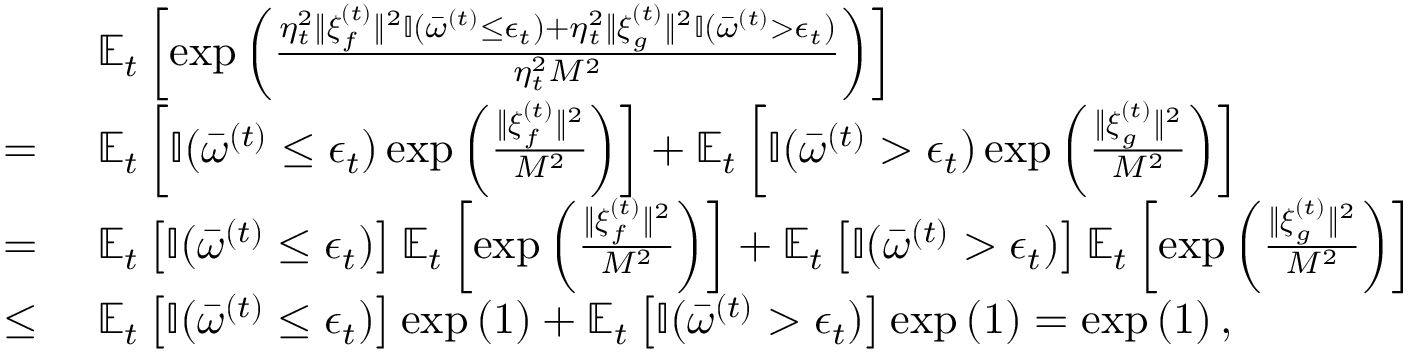
\begin{array} { r l } & { \mathbb { E } _ { t } \left[ \exp \left( \frac { \eta _ { t } ^ { 2 } \| \boldsymbol { \xi } _ { f } ^ { ( t ) } \| ^ { 2 } \mathbb { I } ( \bar { \omega } ^ { ( t ) } \leq \epsilon _ { t } ) + \eta _ { t } ^ { 2 } \| \boldsymbol { \xi } _ { g } ^ { ( t ) } \| ^ { 2 } \mathbb { I } ( \bar { \omega } ^ { ( t ) } > \epsilon _ { t } ) } { \eta _ { t } ^ { 2 } M ^ { 2 } } \right) \right] } \\ { = ~ } & { \mathbb { E } _ { t } \left[ \mathbb { I } ( \bar { \omega } ^ { ( t ) } \leq \epsilon _ { t } ) \exp \left( \frac { \| \boldsymbol { \xi } _ { f } ^ { ( t ) } \| ^ { 2 } } { M ^ { 2 } } \right) \right] + \mathbb { E } _ { t } \left[ \mathbb { I } ( \bar { \omega } ^ { ( t ) } > \epsilon _ { t } ) \exp \left( \frac { \| \boldsymbol { \xi } _ { g } ^ { ( t ) } \| ^ { 2 } } { M ^ { 2 } } \right) \right] } \\ { = ~ } & { \mathbb { E } _ { t } \left[ \mathbb { I } ( \bar { \omega } ^ { ( t ) } \leq \epsilon _ { t } ) \right] \mathbb { E } _ { t } \left[ \exp \left( \frac { \| \boldsymbol { \xi } _ { f } ^ { ( t ) } \| ^ { 2 } } { M ^ { 2 } } \right) \right] + \mathbb { E } _ { t } \left[ \mathbb { I } ( \bar { \omega } ^ { ( t ) } > \epsilon _ { t } ) \right] \mathbb { E } _ { t } \left[ \exp \left( \frac { \| \boldsymbol { \xi } _ { g } ^ { ( t ) } \| ^ { 2 } } { M ^ { 2 } } \right) \right] } \\ { \leq ~ } & { \mathbb { E } _ { t } \left[ \mathbb { I } ( \bar { \omega } ^ { ( t ) } \leq \epsilon _ { t } ) \right] \exp \left( 1 \right) + \mathbb { E } _ { t } \left[ \mathbb { I } ( \bar { \omega } ^ { ( t ) } > \epsilon _ { t } ) \right] \exp \left( 1 \right) = \exp \left( 1 \right) , } \end{array}